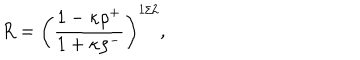
R = \left( { \frac { 1 - \kappa \rho ^ { + } } { 1 + \kappa \rho ^ { - } } } \right) ^ { 1 / 2 } ,